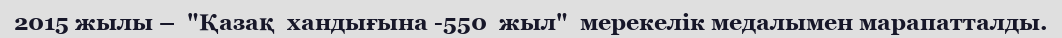
2015 жылы –  "Қазақ  хандығына -550  жыл"  мерекелік медалымен марапатталды.